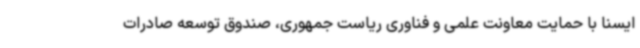
ایسنا با حمایت معاونت علمی و فناوری ریاست جمهوری، صندوق توسعه صادرات